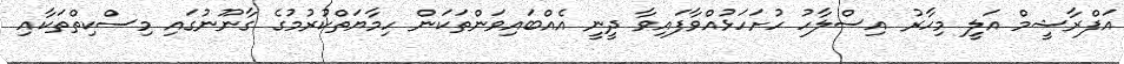
އަފްރާޝީމް އަލީ މިހާރު އިސްލާހު ހުށަހަޅުއްވާފައިވާ ދީނީ އެއްބައިވަންތަކަން ހިމާޔަތްކުރުމުގެ ގާނޫނުގައި މިސްކިތްތަކާއި